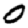
Digit: 0